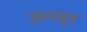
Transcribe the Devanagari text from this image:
ज्ञानसूत्र